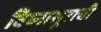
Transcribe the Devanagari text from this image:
विघ्‍नासूराची